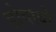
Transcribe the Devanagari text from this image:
डोवायो